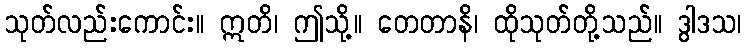
သုတ်လည်းကောင်း။ ဣတိ၊ ဤသို့။ တေတာနိ၊ ထိုသုတ်တို့သည်။ ဒွါဒသ၊